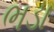
ભડા